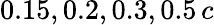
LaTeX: \mathrm{0.15,0.2,0.3,0.5}\, c